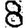
Digit: 8